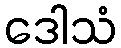
ဒေါသံ